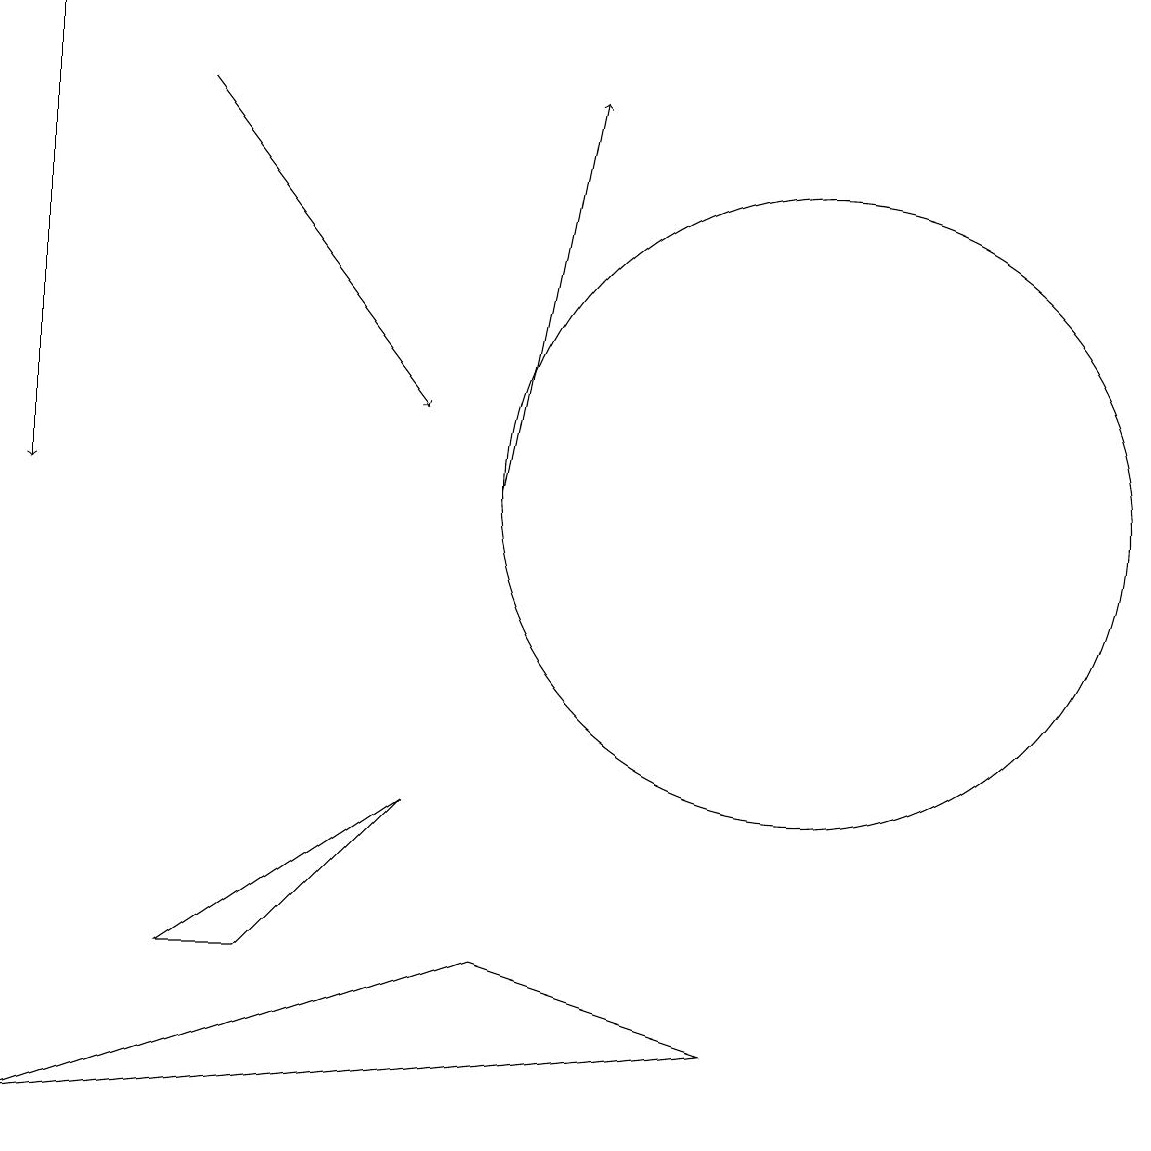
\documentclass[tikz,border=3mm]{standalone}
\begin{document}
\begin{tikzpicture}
\draw[->] (6,12) -- (7,17);
\draw (0,4) -- (6,6) -- (9,5) -- cycle;
\draw (2,6) -- (3,6) -- (5,8) -- cycle;
\draw (10,12) circle (4);
\draw[->] (2,17) -- (5,13);
\draw[->] (0,18) -- (0,12);
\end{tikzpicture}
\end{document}